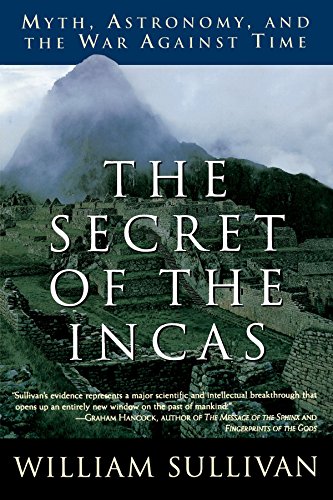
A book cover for The Secret of the Incas: Myth, Astronomy, and the War Against Time; William Sullivan; History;